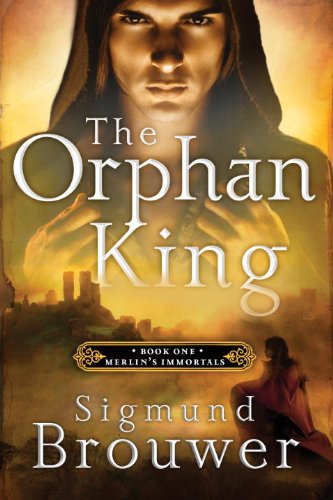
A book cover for The Orphan King: Book 1 in the Merlin's Immortals series; Sigmund Brouwer; Children's Books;